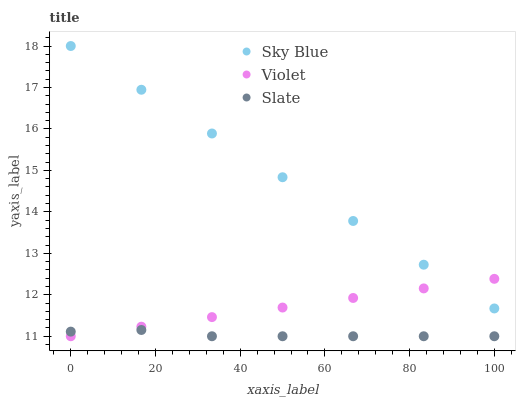
| xaxis_label | Sky Blue | Violet | Slate |
 | --- | --- | --- | --- |
 | 0 | 18 | 11 | 11.1 |
 | 16.7 | 16.9 | 11.2 | 11.2 |
 | 33.3 | 15.9 | 11.5 | 11 |
 | 50 | 14.8 | 11.7 | 11 |
 | 66.7 | 13.8 | 11.9 | 11 |
 | 83.3 | 12.7 | 12.2 | 11 |
 | 100 | 11.7 | 12.4 | 11 |